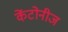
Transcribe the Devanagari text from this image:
केंटोनीज